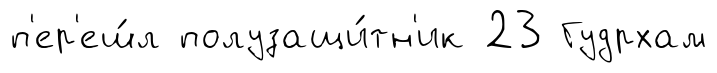
п'ер'еш́л полузащи́тн'ик 23 Гудрхам